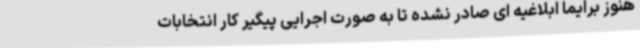
هنوز برایما ابلاغیه ای صادر نشده تا به صورت اجرایی پیگیر کار انتخابات